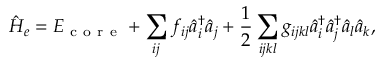
\hat { H } _ { e } = E _ { \mathrm { ~ c ~ o ~ r ~ e ~ } } + \sum _ { i j } f _ { i j } { \hat { a } } _ { i } ^ { \dagger } { \hat { a } } _ { j } + \frac { 1 } { 2 } \sum _ { i j k l } g _ { i j k l } { \hat { a } } _ { i } ^ { \dagger } { \hat { a } } _ { j } ^ { \dagger } { \hat { a } } _ { l } { \hat { a } } _ { k } ,